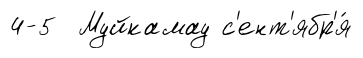
4-5 Муйкамау с'ент'ябр'я́